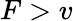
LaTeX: F>v